Newspaper: Bedford inquirer. [volume]
Place of publication: Bedford, Pa.
Publisher: David Over
Date: 1860-06-01 00:00:00
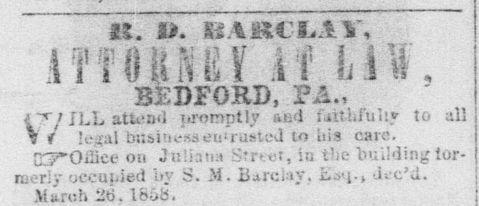
Advertisement text (OCR):
_ _____- 1T iOH N£ i i r Ij i \i. BEDFORD, ?A.. i~*f JLL attend promptly and faithfully to all 7 f legal business en' rusted to ffis care. on Juliana Strict, in the building tor merlv occupied by 8. M. Barclay, ..icc'u. March 26. 1858.
Label: text-only